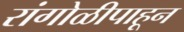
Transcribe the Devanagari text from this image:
रांगोळीपाहून